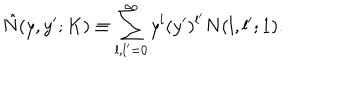
LaTeX: \hat { N } ( y , y ^ { \prime } ; K ) \equiv \sum _ { l , l ^ { \prime } = 0 } ^ { \infty } y ^ { l } ( y ^ { \prime } ) ^ { l ^ { \prime } } N ( l , l ^ { \prime } ; 1 ) .